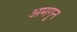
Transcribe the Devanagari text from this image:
अमगुन